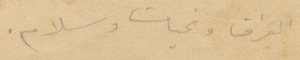
الفراق وتحيات وسلام.